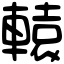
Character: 轅